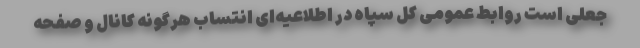
جعلی است روابط عمومی کل سپاه در اطلاعیه‌ای انتساب هرگونه کانال و صفحه